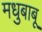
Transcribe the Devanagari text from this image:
मधुबाबू